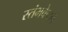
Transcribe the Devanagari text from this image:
स्तंभवेष्टन